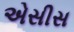
એસીસ